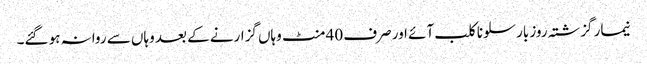
نیمار گزشتہ روز بارسلونا کلب آئے اور صرف 40 منٹ وہاں گزارنے کے بعد وہاں سے روانہ ہو گئے۔